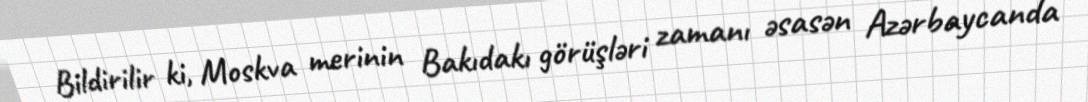
Bildirilir ki, Moskva merinin Bakıdakı görüşləri zamanı əsasən Azərbaycanda